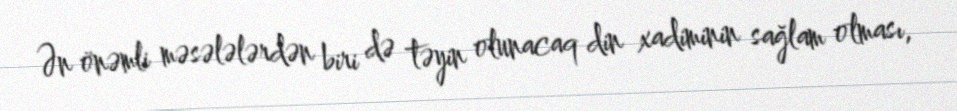
Ən önəmli məsələlərdən biri də təyin olunacaq din xadiminin sağlam olması,